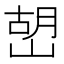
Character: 𡹹